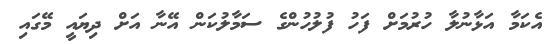
އެކަމާ އަޅާނުލާ ހުރުމަށް ފަހު ފުލުހުންގެ ސަމާލުކަން އޭނާ އަށް ދިޔައީ މޭގައި